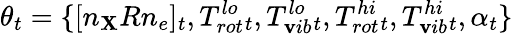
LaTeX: \theta_{t}=\{ [n_{\mathbf{X}}Rn_{e}]_{t},T_{rot}^{lo}{_t},T_{\mathbf{v}ib}^{lo}{_t},T_{rot}^{hi}{_t},T_{\mathbf{v}ib}^{hi}{_t},\alpha_{t}\}